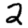
Digit: 2